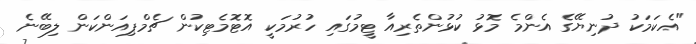
"އެކަމަކު ދުނިޔޭގެ އެންމެ މޮޅު ކުޅުންތެރިއާ ޓީމުގައި ހުރުމަކީ އޮޓޮމެޓިކުން ޗެމްޕިއަންކަން ލިބޭނެ